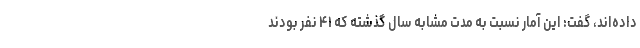
داده‌اند، گفت: این آمار نسبت به مدت مشابه سال گذشته که ۴۱ نفر بودند